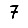
Digit: 7